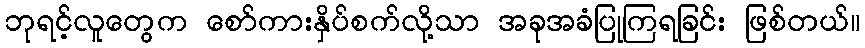
ဘုရင့်လူတွေက စော်ကားနှိပ်စက်လို့သာ အခုအခံပြုကြရခြင်း ဖြစ်တယ်။